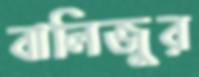
বালিজুর